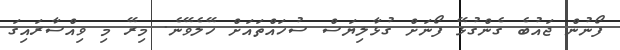
ފޯނުން ޖައުބެ ގެންގުޅޭ ފޯނަށް ގުޅާލިޔަސް ސުހައްތައަށް ހޭލެވޭނެ. މިރޭ މި ވިއްސާރައިގަ